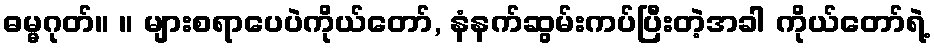
ဓမ္မဂုတ်။ ။ များစရာပေပဲကိုယ်တော်, နံနက်ဆွမ်းကပ်ပြီးတဲ့အခါ ကိုယ်တော်ရဲ့